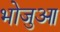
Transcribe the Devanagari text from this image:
भोजुआ